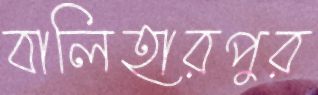
বালিহারপুর